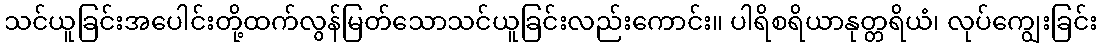
သင်ယူခြင်းအပေါင်းတို့ထက်လွန်မြတ်သောသင်ယူခြင်းလည်းကောင်း။ ပါရိစရိယာနုတ္တရိယံ၊ လုပ်ကျွေးခြင်း